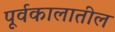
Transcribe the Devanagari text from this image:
पूर्वकालातील